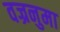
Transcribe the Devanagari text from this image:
वज्रनुमा